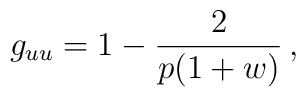
g_{uu}=1 - \frac{2}{p(1+w)}\,,